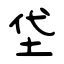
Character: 垈